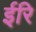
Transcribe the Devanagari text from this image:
ईरि